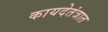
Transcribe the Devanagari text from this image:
कायदेतंत्रात